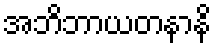
အဘိဘာယတနာနိ